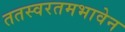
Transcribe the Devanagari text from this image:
ततस्वरतमभावेन